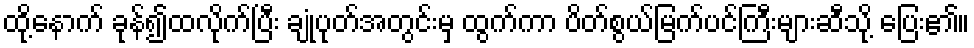
ထို့နောက် ခုန်၍ထလိုက်ပြီး ချုံပုတ်အတွင်းမှ ထွက်ကာ ပိတ်စွယ်မြက်ပင်ကြီးများဆီသို့ ပြေး၏။